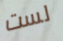
لست